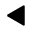
\blacktriangleleft